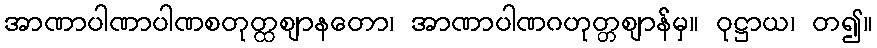
အာဏာပါဏာပါဏစတုတ္ထဈာနတော၊ အာဏာပါဏဂဟုတ္တဈာန်မှ။ ဝုဋ္ဌာယ၊ တ၍။